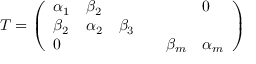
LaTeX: T = { \left( \begin{array} { l l l l l l } { \alpha _ { 1 } } & { \beta _ { 2 } } & { } & { } & { } & { 0 } \\ { \beta _ { 2 } } & { \alpha _ { 2 } } & { \beta _ { 3 } } & { } & { } & { } \\ { 0 } & { } & { } & { } & { \beta _ { m } } & { \alpha _ { m } } \end{array} \right) }